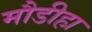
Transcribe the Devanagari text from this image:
मौडीहा